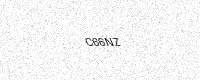
Text: C66NZ